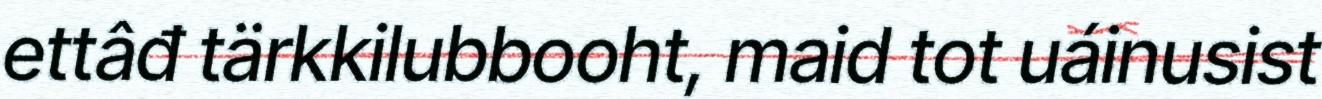
ettâđ tärkkilubbooht, maid tot uáinusist